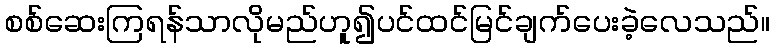
စစ်ဆေးကြရန်သာလိုမည်ဟူ၍ပင်ထင်မြင်ချက်ပေးခဲ့လေသည်။